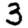
Digit: 3